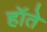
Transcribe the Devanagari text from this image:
हॉते